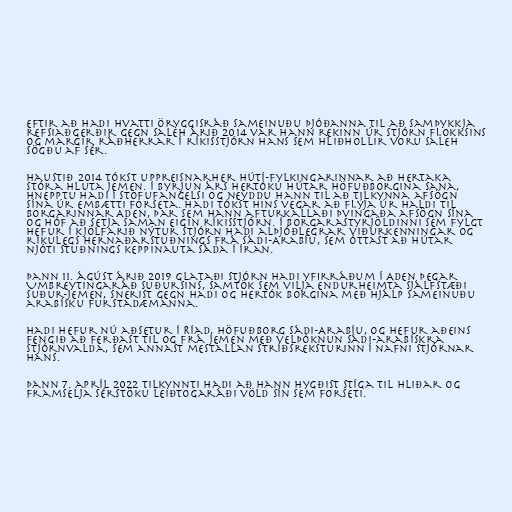
Eftir að Hadi hvatti Öryggisráð Sameinuðu þjóðanna til að samþykkja
refsiaðgerðir gegn Saleh árið 2014 var hann rekinn úr stjórn flokksins
og margir ráðherrar í ríkisstjórn hans sem hliðhollir voru Saleh
sögðu af sér.

Haustið 2014 tókst uppreisnarher Hútí-fylkingarinnar að hertaka
stóra hluta Jemen. Í byrjun árs hertóku Hútar höfuðborgina Sana,
hnepptu Hadi í stofufangelsi og neyddu hann til að tilkynna afsögn
sína úr embætti forseta. Hadi tókst hins vegar að flýja úr haldi til
borgarinnar Aden, þar sem hann afturkallaði þvingaða afsögn sína
og hóf að setja saman eigin ríkisstjórn. Í borgarastyrjöldinni sem fylgt
hefur í kjölfarið nýtur stjórn Hadi alþjóðlegrar viðurkenningar og
ríkulegs hernaðarstuðnings frá Sádi-Arabíu, sem óttast að Hútar
njóti stuðnings keppinauta Sáda í Íran.

Þann 11. ágúst árið 2019 glataði stjórn Hadi yfirráðum í Aden þegar
Umbreytingaráð suðursins, samtök sem vilja endurheimta sjálfstæði
Suður-Jemen, snerist gegn Hadi og hertók borgina með hjálp Sameinuðu
arabísku furstadæmanna.

Hadi hefur nú aðsetur í Ríad, höfuðborg Sádi-Arabíu, og hefur aðeins
fengið að ferðast til og frá Jemen með velþóknun sádi-arabískra
stjórnvalda, sem annast mestallan stríðsreksturinn í nafni stjórnar
hans.

Þann 7. apríl 2022 tilkynnti Hadi að hann hygðist stíga til hliðar og
framselja sérstöku leiðtogaráði völd sín sem forseti.